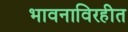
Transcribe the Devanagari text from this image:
भावनाविरहीत